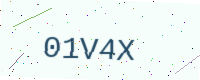
Text: 01V4X